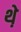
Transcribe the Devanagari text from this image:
थे़